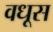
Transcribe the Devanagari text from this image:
वधूस